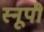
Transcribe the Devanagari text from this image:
स्नूपी